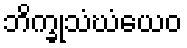
ဘိက္ခုသံဃံယေဝ